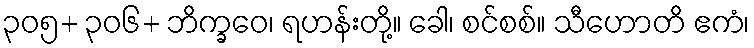
၃၀၅+ ၃၀၆+ ဘိက္ခဝေ၊ ရဟန်းတို့။ ခေါ၊ စင်စစ်။ သီဟောတိ ဧကံ၊